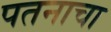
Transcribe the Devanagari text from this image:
पतनाचा